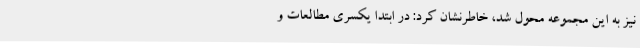
نیز به این مجموعه محول شد، خاطرنشان کرد: در ابتدا یکسری مطالعات و